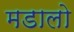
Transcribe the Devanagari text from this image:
मडालो